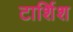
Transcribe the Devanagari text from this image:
टार्शिश